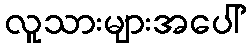
လူသားများအပေါ်